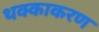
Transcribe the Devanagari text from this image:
थक्काकरण